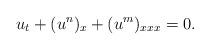
LaTeX: \begin{align*}u_t + (u^n)_x + (u^m)_{xxx} = 0.\end{align*}